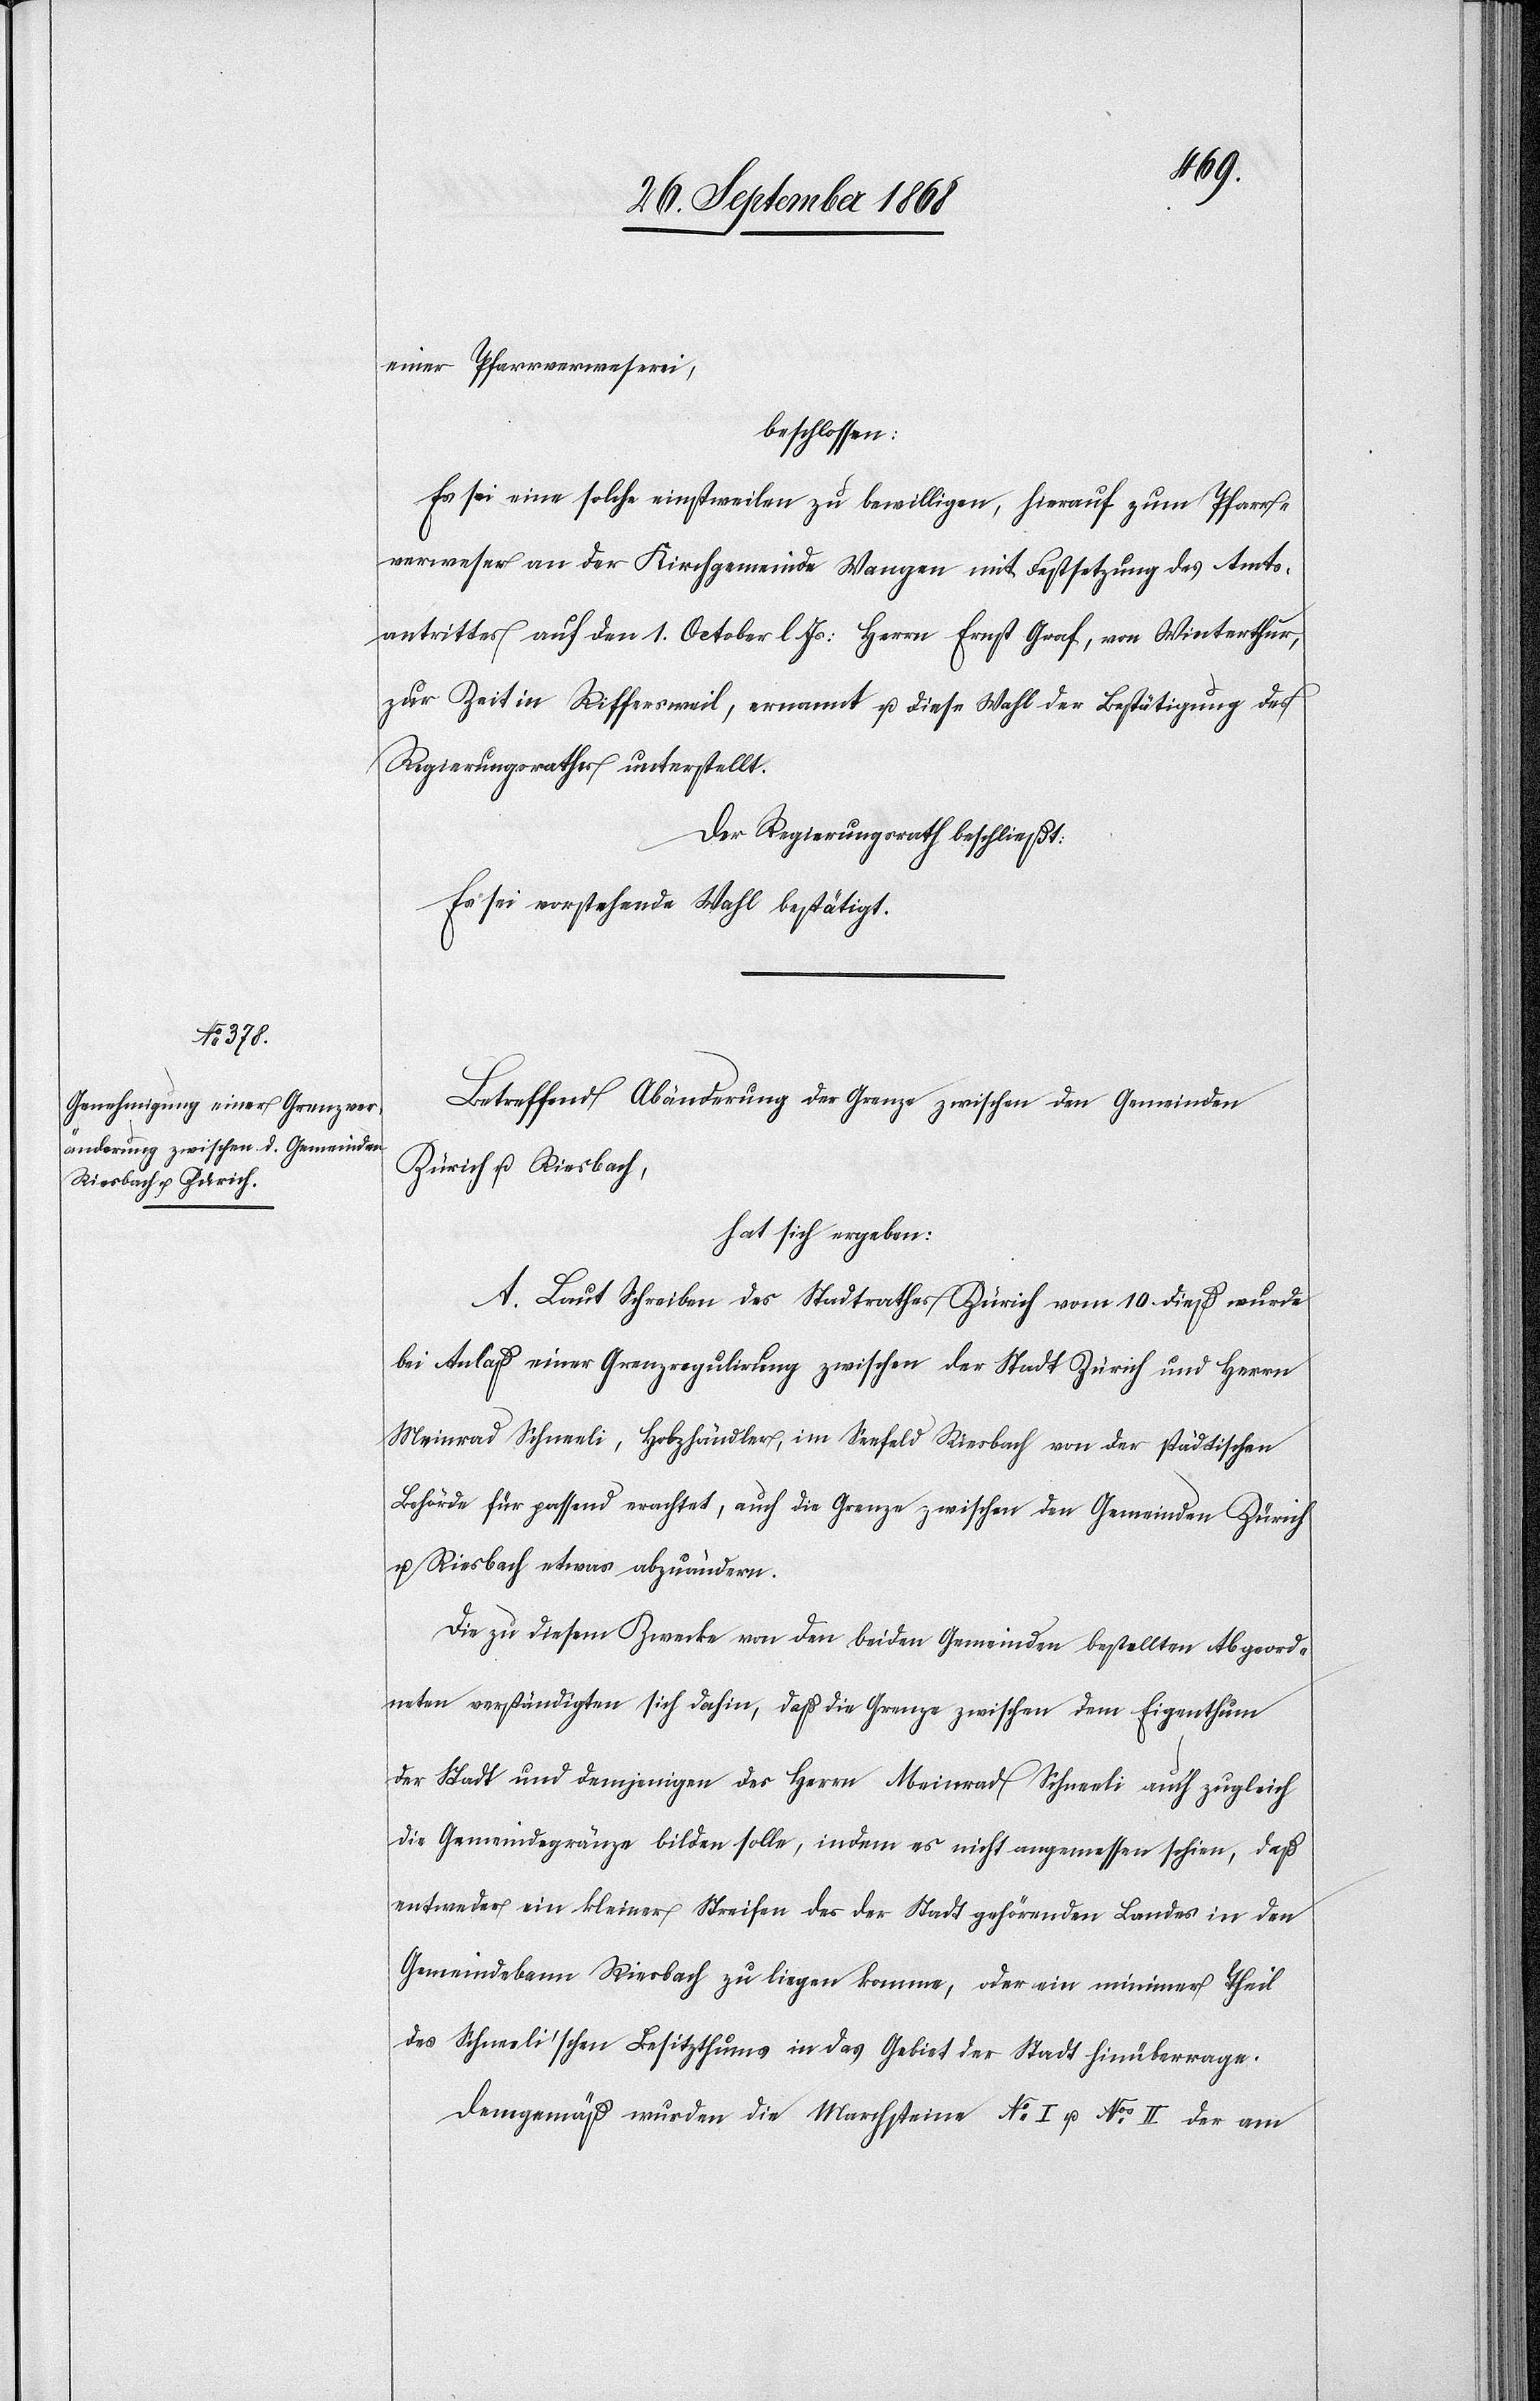
einer Pfarrverweserei,
beschlossen:
Es sei eine solche einstweilen zu bewilligen, hierauf zum Pfarr¬
verweser an der Kirchgemeinde Wangen mit Festsetzung des Amts¬
antrittes auf den 1. October l. Js: Herrn Ernst Graf, von Winterthur,
zur Zeit in Riffersweil, ernannt u. diese Wahl der Bestätigung des
Regierungsrathes unterstellt.
Der Regierungsrath beschließt:
Es sei vorstehende Wahl bestätigt.
Betreffend Abänderung der Grenze zwischen den Gemeinden
Zürich u. Riesbach,
hat sich ergeben:
A. Laut Schreiben des Stadtrathes Zürich vom 10. dieß wurde
bei Anlaß einer Grenzregulirung zwischen der Stadt Zürich und Herrn
Meinrad Schneeli, Holzhändler, im Seefeld Riesbach von der städtischen
Behörde für passend erachtet, auch die Grenze zwischen den Gemeinden Zürich
u. Riesbach etwas abzuändern.
Die zu diesem Zwecke von den beiden Gemeinden bestellten Abgeord¬
neten verständigten sich dahin, daß die Grenze zwischen dem Eigenthum
der Stadt und demjenigen des Herrn Meinrad Schneeli auch zugleich
die Gemeindegränze bilden solle, indem es nicht angemessen schien, daß
entweder ein kleiner Streifen des der Stadt gehörenden Landes in den
Gemeindsbann Riesbach zu liegen komme, oder ein minimer Theil
des Schneeli’schen Besitzthums in das Gebiet der Stadt hinüberrage.
Demgemäß wurden die Marchsteine No I u. Nos II der am